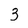
Character: 3